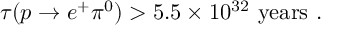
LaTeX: \tau ( p \to e ^ { + } \pi ^ { 0 } ) > 5 . 5 \times 1 0 ^ { 3 2 } ~ \mathrm { y e a r s } ~ .